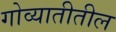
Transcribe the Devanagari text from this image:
गोव्यातीतील